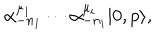
\alpha _ { - n _ { 1 } } ^ { \mu _ { 1 } } \cdots \alpha _ { - n _ { i } } ^ { \mu _ { i } } | 0 , p \rangle ,